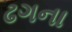
ઢગના